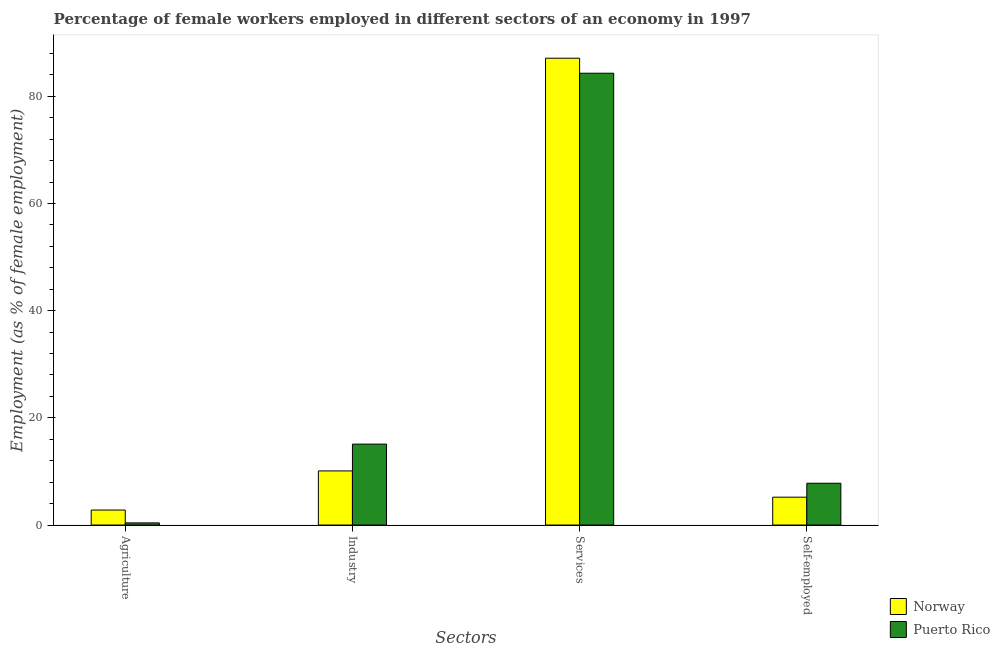
| Sectors | Norway | Puerto Rico |
 | --- | --- | --- |
 | Agriculture | 2.8 | 0.4 |
 | Industry | 10.1 | 15.1 |
 | Services | 87.1 | 84.3 |
 | Self-employed | 5.2 | 7.8 |